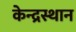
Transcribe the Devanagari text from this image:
केन्द्रस्थान